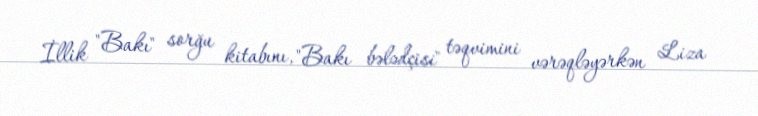
İllik "Bakı" sorğu kitabını, "Bakı bələdçisi" təqvimini vərəqləyərkən Liza